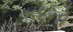
કદનો